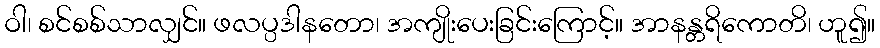
ဝါ၊ စင်စစ်သာလျှင်။ ဖလပ္ပဒါနတော၊ အကျိုးပေးခြင်းကြောင့်။ အာနန္တရိကောတိ၊ ဟူ၍။